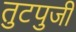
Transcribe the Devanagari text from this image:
तुटपुजी